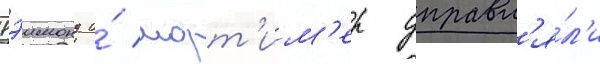
Рэимонд и́ морт'им'ер управл'я́л'и